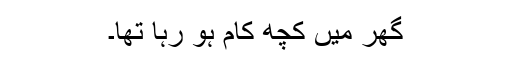
گھر میں کچھ کام ہو رہا تھا۔